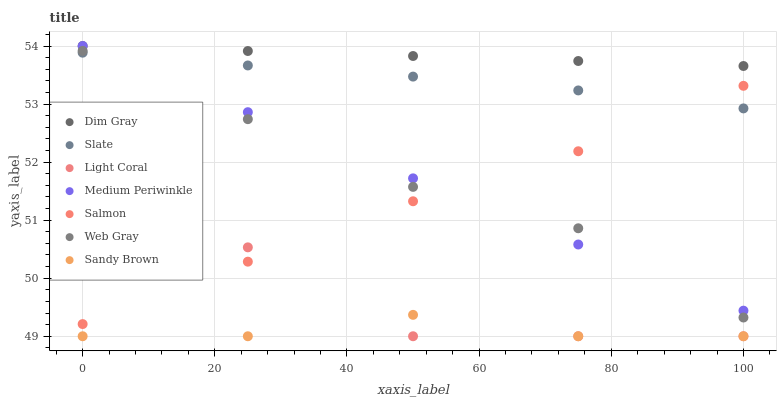
| xaxis_label | Dim Gray | Slate | Light Coral | Medium Periwinkle | Salmon | Web Gray | Sandy Brown |
 | --- | --- | --- | --- | --- | --- | --- | --- |
 | 0 | 54 | 53.9 | 50.8 | 54 | 49.2 | 53.9 | 49 |
 | 25 | 53.9 | 53.7 | 50.5 | 52.9 | 50.3 | 52.7 | 49 |
 | 50 | 53.8 | 53.5 | 49 | 51.7 | 51.3 | 51.6 | 49.4 |
 | 75 | 53.7 | 53.2 | 49 | 50.6 | 52.2 | 50.9 | 49 |
 | 100 | 53.7 | 52.9 | 49 | 49.4 | 53.3 | 49.3 | 49 |